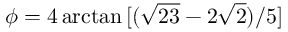
\phi = 4 \arctan { [ ( \sqrt { 2 3 } - 2 \sqrt { 2 } ) / 5 ] }